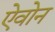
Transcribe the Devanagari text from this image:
ऐवोन